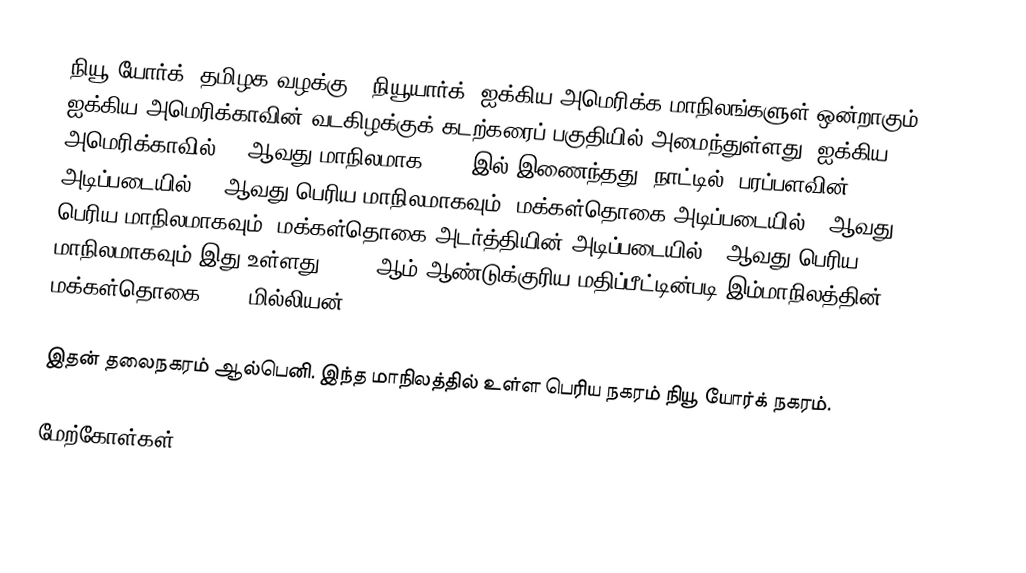
நியூ யோர்க் (தமிழக வழக்கு - நியூயார்க்) ஐக்கிய அமெரிக்க மாநிலங்களுள் ஒன்றாகும். ஐக்கிய அமெரிக்காவின் வடகிழக்குக் கடற்கரைப் பகுதியில் அமைந்துள்ளது. ஐக்கிய அமெரிக்காவில் 11 ஆவது மாநிலமாக 1788 இல் இணைந்தது. நாட்டில், பரப்பளவின் அடிப்படையில் 27 ஆவது பெரிய மாநிலமாகவும், மக்கள்தொகை அடிப்படையில் 4 ஆவது பெரிய மாநிலமாகவும், மக்கள்தொகை அடர்த்தியின் அடிப்படையில் 7 ஆவது பெரிய மாநிலமாகவும் இது உள்ளது. 2015 ஆம் ஆண்டுக்குரிய மதிப்பீட்டின்படி இம்மாநிலத்தின் மக்கள்தொகை 19.8 மில்லியன்.

இதன் தலைநகரம் ஆல்பெனி. இந்த மாநிலத்தில் உள்ள பெரிய நகரம் நியூ யோர்க் நகரம்.

மேற்கோள்கள்